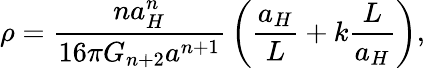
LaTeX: \rho={\frac{na_{H}^{n}}{16\pi G_{n+2}a^{n+1}}}\left({\frac{a_{H}}{L}}+k{\frac{L}{a_{H}}}\right),